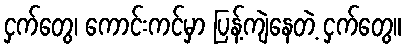
ငှက်တွေ၊ ကောင်းကင်မှာ ပြန့်ကျဲနေတဲ့ ငှက်တွေ။